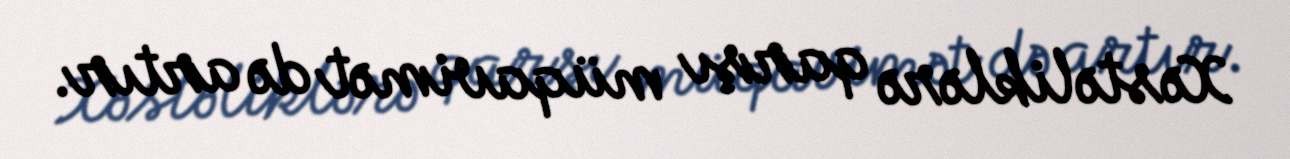
Xəstəliklərə qarşı müqavimət də artır.